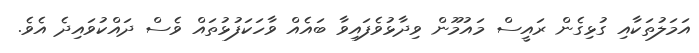
އަމަލުތަކާއި ގުޅިގެން ރައީސް މައުމޫން ވިދާޅުވެފައިވާ ބައެއް ވާހަކަފުޅުތައް ވެސް ދައްކުވައިދެ އެވެ.